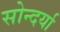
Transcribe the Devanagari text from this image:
सोन्दर्या